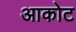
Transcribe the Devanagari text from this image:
आकोट